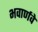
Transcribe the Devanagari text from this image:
भवार्णवे